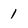
Character: 1